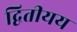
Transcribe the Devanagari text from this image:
द्वितीयय